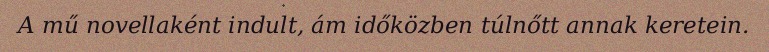
A mű novellaként indult, ám időközben túlnőtt annak keretein.